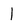
Character: 1